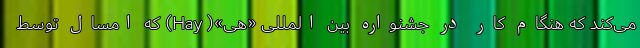
می‌کند که هنگام کار در جشنواره بین المللی «هی»( Hay) که امسال توسط